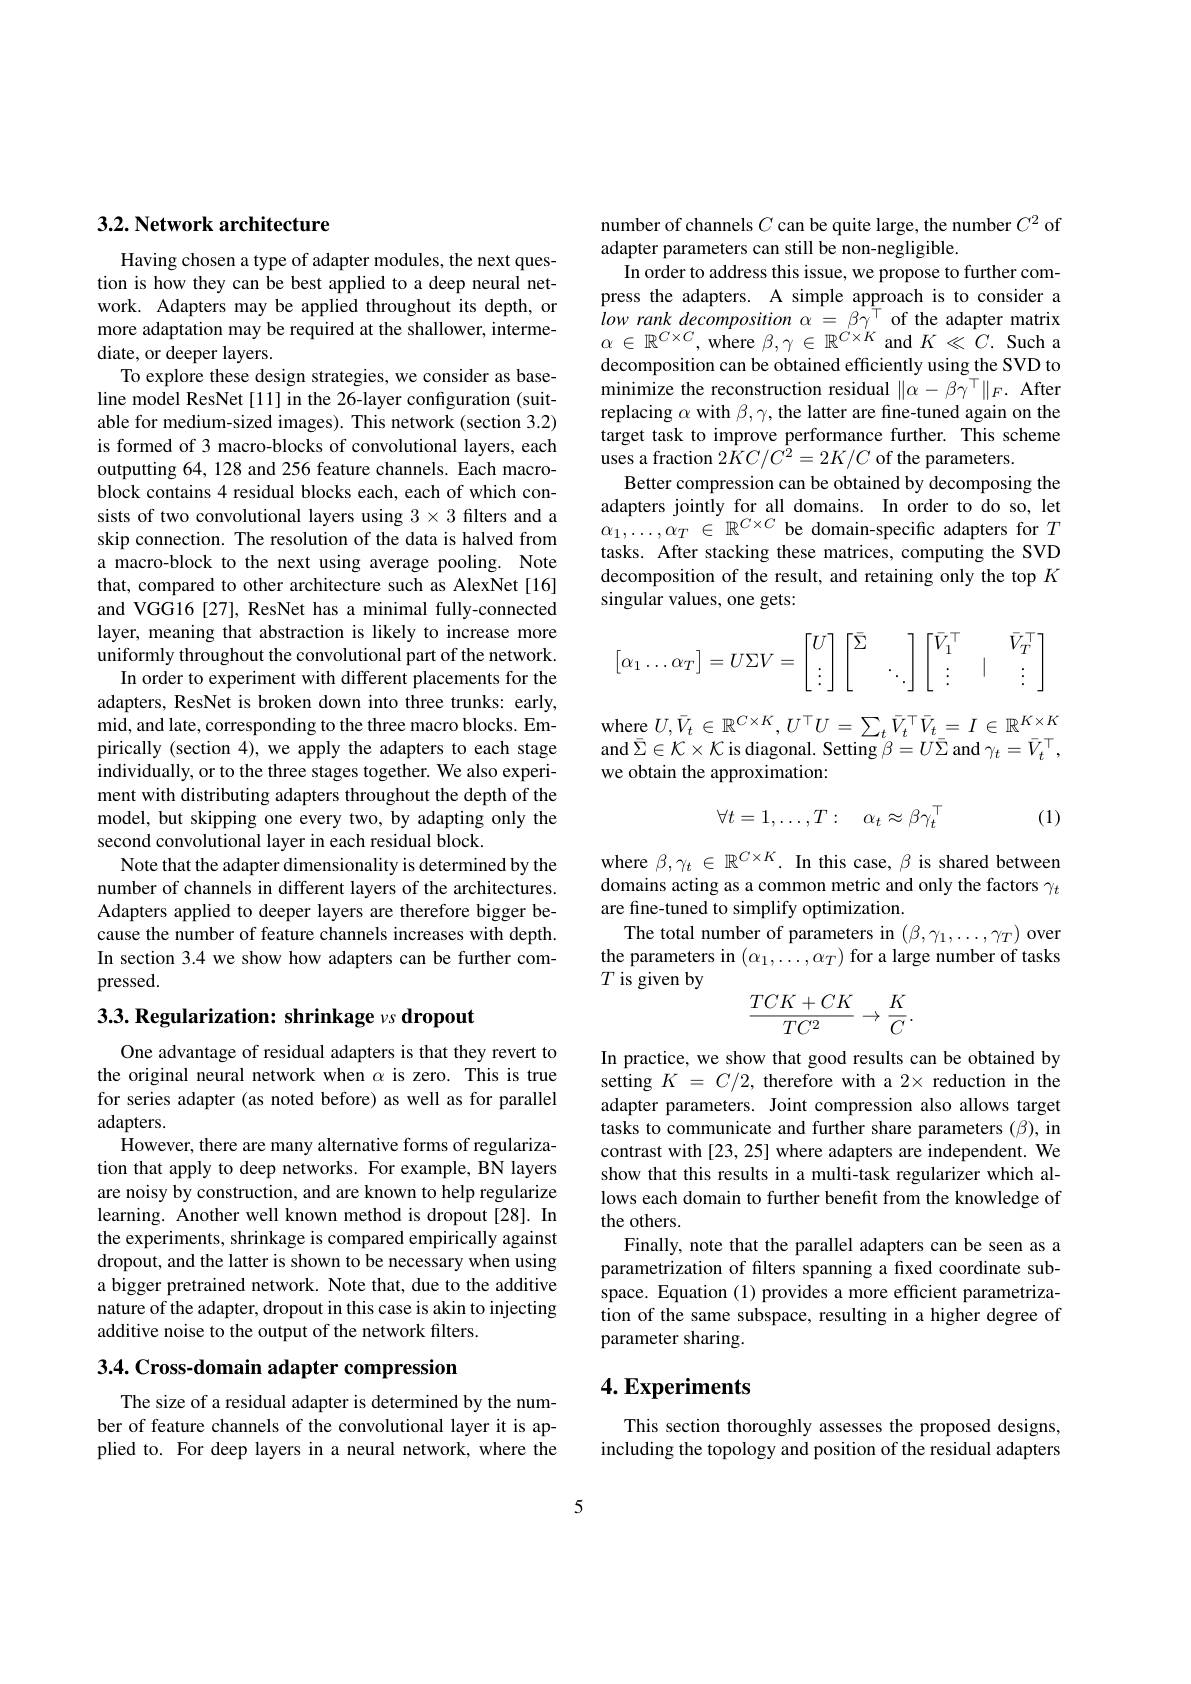
## 3.2. Network architecture

Having chosen a type of adapter modules, the next question is how they can be best applied to a deep neural network. Adapters may be applied throughout its depth, or more adaptation may be required at the shallower, intermediate, or deeper layers.
To explore these design strategies, we consider as baseline model ResNet [11] in the 26-layer configuration (suitable for medium-sized images). This network (section 3.2) is formed of 3 macro-blocks of convolutional layers, each outputting 64, 128 and 256 feature channels. Each macroblock contains 4 residual blocks each, each of which consists of two convolutional layers using $3\times3$ filters and a skip connection. The resolution of the data is halved from a macro-block to the next using average pooling. Note that, compared to other architecture such as AlexNet[16] and VGG16 [27], ResNet has a minimal fully-connected layer, meaning that abstraction is likely to increase more uniformly throughout the convolutional part of the network.
In order to experiment with different placements for the adapters, ResNet is broken down into three trunks: early, mid, and late, corresponding to the three macro blocks. Empirically (section 4), we apply the adapters to each stage individually, or to the three stages together. We also experiment with distributing adapters throughout the depth of the model, but skipping one every two, by adapting only the second convolutional layer in each residual block.
Note that the adapter dimensionality is determined by the number of channels in different layers of the architectures. Adapters applied to deeper layers are therefore bigger because the number of feature channels increases with depth. In section 3.4 we show how adapters can be further compressed.

3.3. Regularization: shrinkage $\nu s\textbf{ dropout}$

One advantage of residual adapters is that they revert to the original neural network when $\alpha$ is zero. This is true for series adapter (as noted before) as well as for parallel adapters.
However, there are many alternative forms of regularization that apply to deep networks. For example, BN layers are noisy by construction, and are known to help regularize learning. Another well known method is dropout[28]. In the experiments, shrinkage is compared empirically against dropout, and the latter is shown to be necessary when using a bigger pretrained network. Note that, due to the additive nature of the adapter, dropout in this case is akin to injecting additive noise to the output of the network filters

# 3.4. Cross-domain adapter compression

The size of a residual adapter is determined by the number of feature channels of the convolutional layer it is applied to. For deep layers in a neural network, where the

number of channels $C$ can be quite large, the number $C^2$ of
adapter parameters can still be non-negligible.
In order to address this issue, we propose to further compress the adapters. A simple approach is to consider a $lowrankdecomposition~\alpha~=~\beta\gamma^{\top}~$of the adapter matrix $\alpha\in\mathbb{R}^{C\times C}$,where $\beta,\gamma\in\mathbb{R}^{\dot{C}\times\dot{K}}$ and $K\ll C.$ Such a decomposition can be obtained efficiently using the SVD to minimize the reconstruction residual $\|\alpha-\beta\gamma^{\top}\|_F.$ After replacing $\alpha$ with $\beta,\gamma$, the latter are fine-tuned again on the target task to improve performance further. This scheme uses a fraction $2\dot{K}C/C^{2}=2K/C$ of the parameters.
Better compression can be obtained by decomposing the adapters jointly for all domains. In order to do so, let $\alpha_{1},\ldots,\alpha_{T}\in\mathbb{R}^{C\times C}$be domain-specific adapters for $T$ tasks. After stacking these matrices, computing the SVD decomposition of the result, and retaining only the top $K$ singular values, one gets:
$$\begin{bmatrix}\alpha_1\dots\alpha_T\end{bmatrix}=U\Sigma V=\begin{bmatrix}U\\\vdots\end{bmatrix}\begin{bmatrix}\bar{\Sigma}\\&\ddots\end{bmatrix}\begin{bmatrix}\bar{V}_1^\top&&\bar{V}_T^\top\\\vdots&|&\vdots\end{bmatrix}$$
where $U,\bar{V}_t\in\mathbb{R}^{C\times K},U^{\top}U=\sum_t\bar{V}_t^{\top}\bar{V}_t=I\in\mathbb{R}^{K\times K}$ and $\bar{\Sigma}\in\mathcal{K}\times\mathcal{K}$ is diagonal. Setting $\beta=U\bar{\Sigma}$ and $\gamma_t=\bar{V}_t^\top$, we obtain the approximation:
$$\forall t=1,\dots,T:\quad\alpha_t\approx\beta\gamma_t^\top $$
(1)

where $\beta,\gamma_t\in\mathbb{R}^{C\times K}.$ In this case, $\beta$ is shared between domains acting as a common metric and only the factors $\gamma_t$ are fine-tuned to simplify optimization.
The total number of parameters in $(\beta,\gamma_1,\ldots,\gamma_T)$ over the parameters in $(\alpha_1,\ldots,\alpha_T)$ for a large number of tasks $T$ is given by
$$\frac{TCK+CK}{TC^2}\to\frac{K}{C}.$$
In practice, we show that good results can be obtained by setting $K=C/2$, therefore with a 2× reduction in the adapter parameters. Joint compression also allows target tasks to communicate and further share parameters (β), in contrast with [23, 25] where adapters are independent. We show that this results in a multi-task regularizer which allows each domain to further benefit from the knowledge of the others.
Finally, note that the parallel adapters can be seen as a parametrization of filters spanning a fixed coordinate subspace. Equation (1) provides a more efficient parametrization of the same subspace, resulting in a higher degree of parameter sharing.

## $4. \textbf{Experiments}$

This section thoroughly assesses the proposed designs, including the topology and position of the residual adapters

5